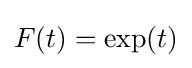
F(t)=\exp(t)